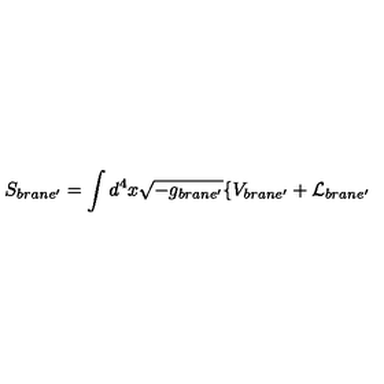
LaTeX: S _ { b r a n e ^ { \prime } } = \int d ^ { 4 } x \sqrt { - g _ { b r a n e ^ { \prime } } } \{ V _ { b r a n e ^ { \prime } } + { \cal L } _ { b r a n e ^ { \prime } }